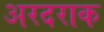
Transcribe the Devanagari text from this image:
अरदराक